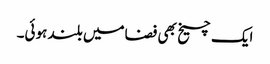
ایک چیخ بھی فضامیں بلند ہوئی۔